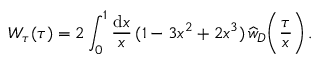
W _ { \tau } ( \tau ) = 2 \int _ { 0 } ^ { 1 } { \frac { \mathrm { d } x } { x } } \, ( 1 - 3 x ^ { 2 } + 2 x ^ { 3 } ) \, \widehat w _ { D } \bigg ( { \frac { \tau } { x } } \bigg ) \, .